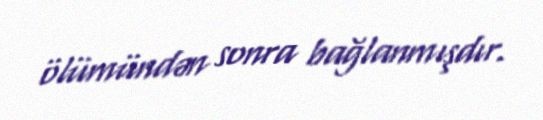
ölümündən sonra bağlanmışdır.